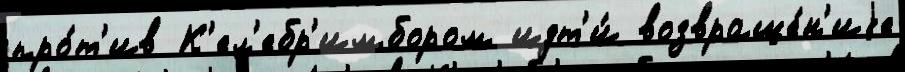
про́т'ив К'ел'ебр'имбором идт'и́ возвраще́н'иjе